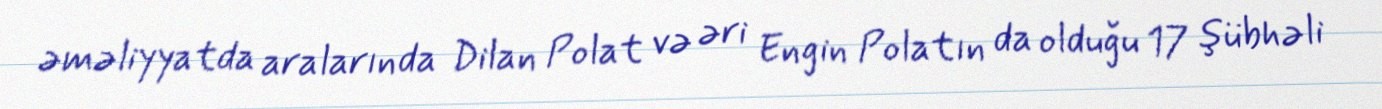
əməliyyatda aralarında Dilan Polat və əri Engin Polatın da olduğu 17 şübhəli